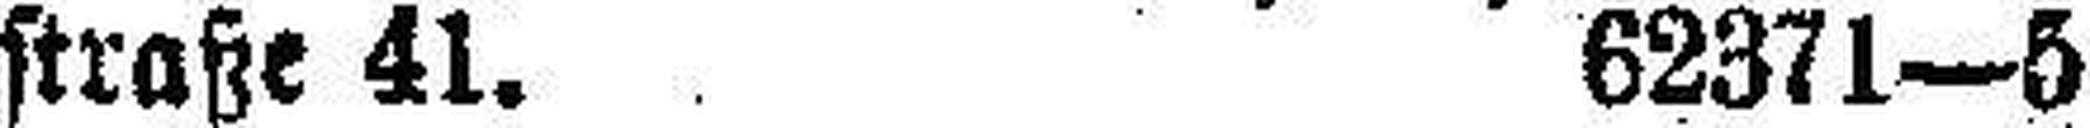
straße 41. 62371—5